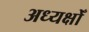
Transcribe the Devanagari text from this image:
अध्यक्षोँ